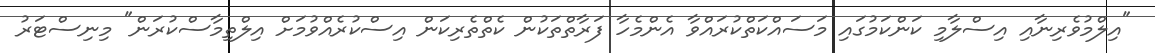
"އިލްމުވެރިނާއި އިސްލާމި ކަންކަމުގައި މަސައްކަތްކުރައްވާ އެންމެހާ ފަރާތްތަކުން ކެތްތެރިކަން އިސްކުރެއްވުމަށް އިލްތިމާސްކުރަން" މިނިސްޓަރު